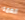
العمه